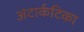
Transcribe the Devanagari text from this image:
अंटार्कटिका